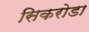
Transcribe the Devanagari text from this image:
सिकरोडा